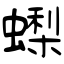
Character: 蟍